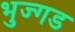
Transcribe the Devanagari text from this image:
भुज्गड